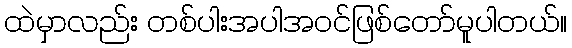
ထဲမှာလည်း တစ်ပါးအပါအဝင်ဖြစ်တော်မူပါတယ်။